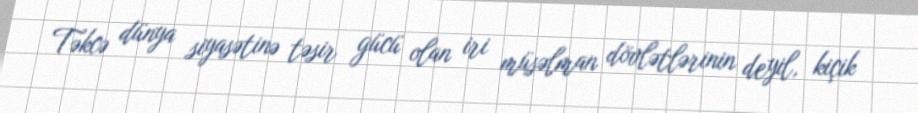
Təkcə dünya siyasətinə təsir gücü olan iri müsəlman dövlətlərinin deyil, kiçik